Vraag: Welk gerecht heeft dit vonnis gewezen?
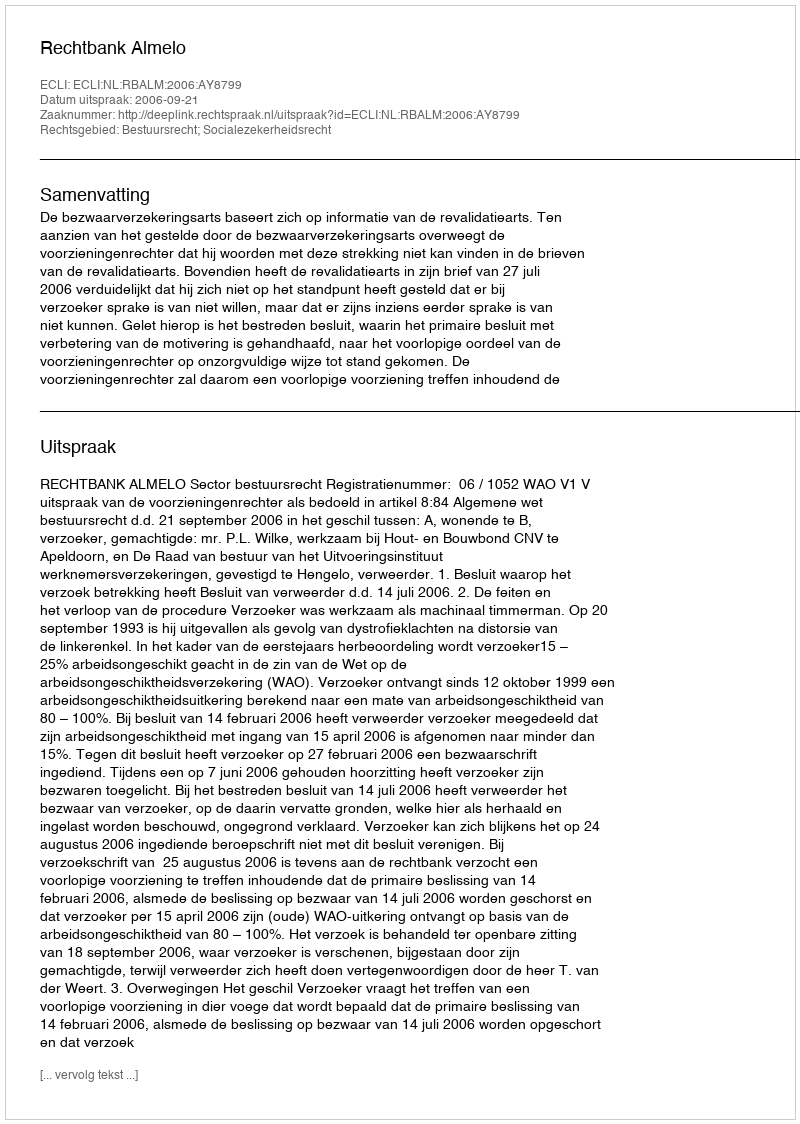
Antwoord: Rechtbank Almelo